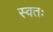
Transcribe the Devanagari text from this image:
स्वतः